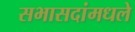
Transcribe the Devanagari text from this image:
सभासदांमधले